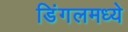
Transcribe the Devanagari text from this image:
डिंगलमध्ये